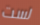
لست